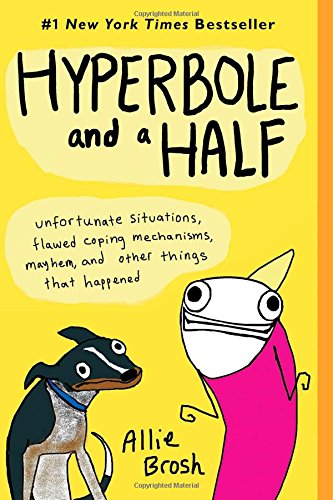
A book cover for Hyperbole and a Half: Unfortunate Situations, Flawed Coping Mechanisms, Mayhem, and Other Things That Happened; Allie Brosh; Comics & Graphic Novels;